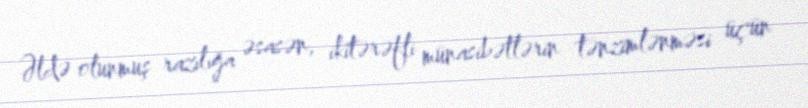
Əldə olunmuş razılığa əsasən, ikitərəfli münasibətlərin tənzimlənməsi üçün